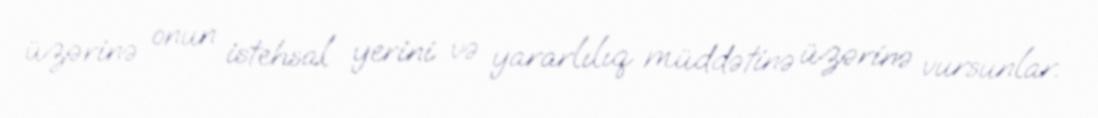
üzərinə onun istehsal yerini və yararlılıq müddətinə üzərinə vursunlar.